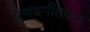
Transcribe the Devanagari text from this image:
प्रणयगीतकार